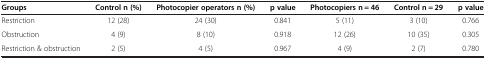
<table><thead><tr><td><b>Groups</b></td><td><b>Control n (%)</b></td><td><b>Photocopier operators n (%)</b></td><td><b>p value</b></td><td><b>Photocopiers n = 46</b></td><td><b>Control n = 29</b></td><td><b>p value</b></td></tr></thead><tbody><tr><td>Restriction</td><td>12 (28)</td><td>24 (30)</td><td>0.841</td><td>5 (11)</td><td>3 (10)</td><td>0.766</td></tr><tr><td>Obstruction</td><td>4 (9)</td><td>8 (10)</td><td>0.918</td><td>12 (26)</td><td>10 (35)</td><td>0.305</td></tr><tr><td>Restriction &amp; obstruction</td><td>2 (5)</td><td>4 (5)</td><td>0.967</td><td>4 (9)</td><td>2 (7)</td><td>0.780</td></tr></tbody></table>